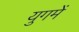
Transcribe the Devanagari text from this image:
युगमें